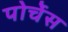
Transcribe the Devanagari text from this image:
पोर्चेस